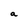
Character: a